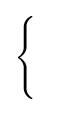
{\begin{cases}\\\\\end{cases}}